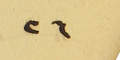
٢٦